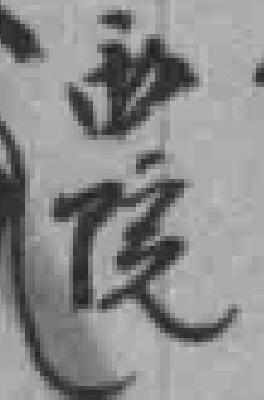
西院